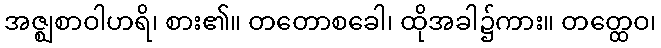
အဇ္ဈစာဝါဟရိ၊ စား၏။ တတောစခေါ၊ ထိုအခါ၌ကား။ တတ္ထေဝ၊